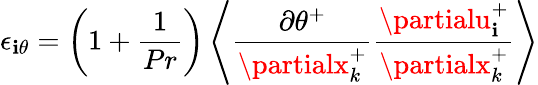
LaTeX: \epsilon_{\mathbf{i}\theta}=\left(1+\frac{{1}}{{Pr}}\right)\left<\frac{{\partial\theta^{+}}}{{\partialx_{k}^{+}}}\frac{{\partialu_{\mathbf{i}}^{+}}}{{\partialx_{k}^{+}}}\right>